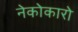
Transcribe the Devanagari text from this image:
नेकोकारो